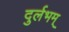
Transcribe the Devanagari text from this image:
दुर्लभम्